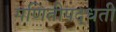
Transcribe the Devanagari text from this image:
गणितीपद्धती